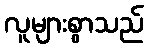
လူများစွာသည်